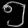
Digit: ၅